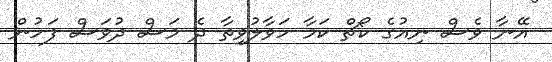
އޭނާ ވެސް ނިއުގެ ކޯޗް ކަމާ ހަވާލުވިތާ ދެ މަސް ދުވަސް ފަހުން